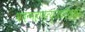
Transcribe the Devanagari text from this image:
भगन्महामृत्युंजयदेवताय